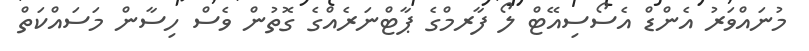
މުނައްވަރު އެންޑް އެސޯސިއޭޓް ލޯ ފާރމްގެ ޕާޓްނަރެއްގެ ގޮތުން ވެސް ހިސާން މަސައްކަތް